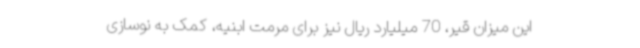
این میزان قیر، 70 میلیارد ریال نیز برای مرمت ابنیه، کمک به نوسازی